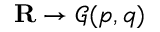
\mathbf { R } \to { \mathcal { G } } ( p , q )